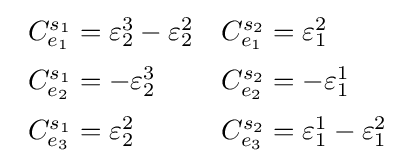
{\begin{array}{ll}C_{e_{1}}^{s_{1}}=\varepsilon _{2}^{3}-\varepsilon _{2}^{2}&C_{e_{1}}^{s_{2}}=\varepsilon _{1}^{2}\\[6pt]C_{e_{2}}^{s_{1}}=-\varepsilon _{2}^{3}&C_{e_{2}}^{s_{2}}=-\varepsilon _{1}^{1}\\[6pt]C_{e_{3}}^{s_{1}}=\varepsilon _{2}^{2}&C_{e_{3}}^{s_{2}}=\varepsilon _{1}^{1}-\varepsilon _{1}^{2}\end{array}}